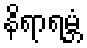
နိရာရမ္ဘံ